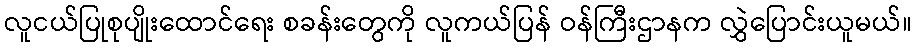
လူငယ်ပြုစုပျိုးထောင်ရေး စခန်းတွေကို လူကယ်ပြန် ဝန်ကြီးဌာနက လွှဲပြောင်းယူမယ်။